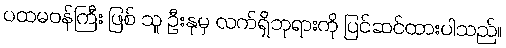
ပထမဝန်ကြီး ဖြစ် သူ ဦးနုမှ လက်ရှိဘုရားကို ပြင်ဆင်ထားပါသည်။